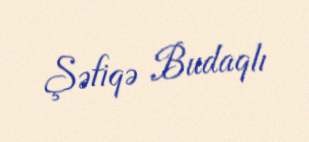
Şəfiqə Budaqlı